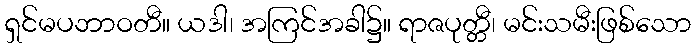
ရှင်မပဘာဝတီ။ ယဒါ၊ အကြင်အခါ၌။ ရာဇပုတ္တီ၊ မင်းသမီးဖြစ်သော